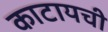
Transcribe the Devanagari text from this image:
काटायची